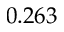
0 . 2 6 3